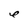
Character: e